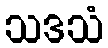
သဒသံ